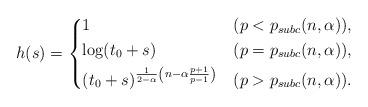
LaTeX: \begin{align*} h(s) = \begin{dcases} 1 &(p<p_{subc}(n,\alpha)),\\ \log(t_0+s) &(p = p_{subc}(n,\alpha)),\\ (t_0+s)^{\frac{1}{2-\alpha} \left( n - \alpha \frac{p+1}{p-1} \right)} &(p> p_{subc}(n,\alpha)). \end{dcases}\end{align*}